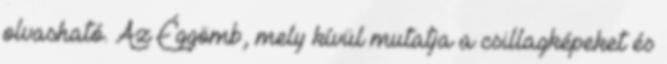
olvasható. Az Éggömb, mely kívül mutatja a csillagképeket és